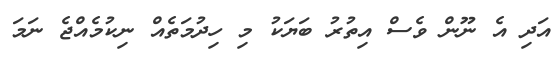
އަދި އެ ނޫން ވެސް އިތުރު ބަޔަކު މި ހިދުމަތެއް ނިކުމެއްޖެ ނަމަ